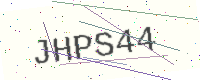
Text: JHPS44